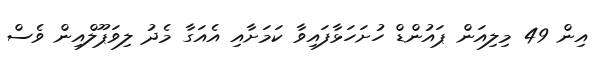
އިން 49 މިލިއަން ޕައުންޑް ހުށަހަޅާފައިވާ ކަމަށާއި އެއަގާ މެދު ލިވަޕޫލްއިން ވެސް